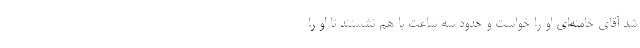
شد آقای خامنه‌ای او را خواست و حدود سه ساعت با هم نشستند تا او را